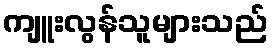
ကျူးလွန်သူများသည်